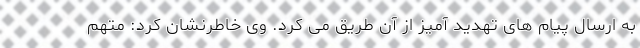
به ارسال پیام های تهدید آمیز از آن طریق می کرد. وی خاطرنشان کرد: متهم